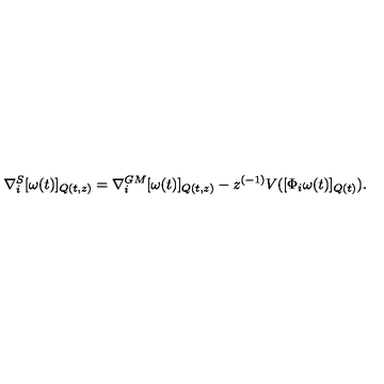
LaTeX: \nabla _ { i } ^ { S } [ \omega ( t ) ] _ { Q ( t , z ) } = \nabla _ { i } ^ { G M } [ \omega ( t ) ] _ { Q ( t , z ) } - z ^ { ( - 1 ) } V ( [ \Phi _ { i } \omega ( t ) ] _ { Q ( t ) } ) .